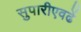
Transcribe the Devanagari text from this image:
सुपारीएवढें